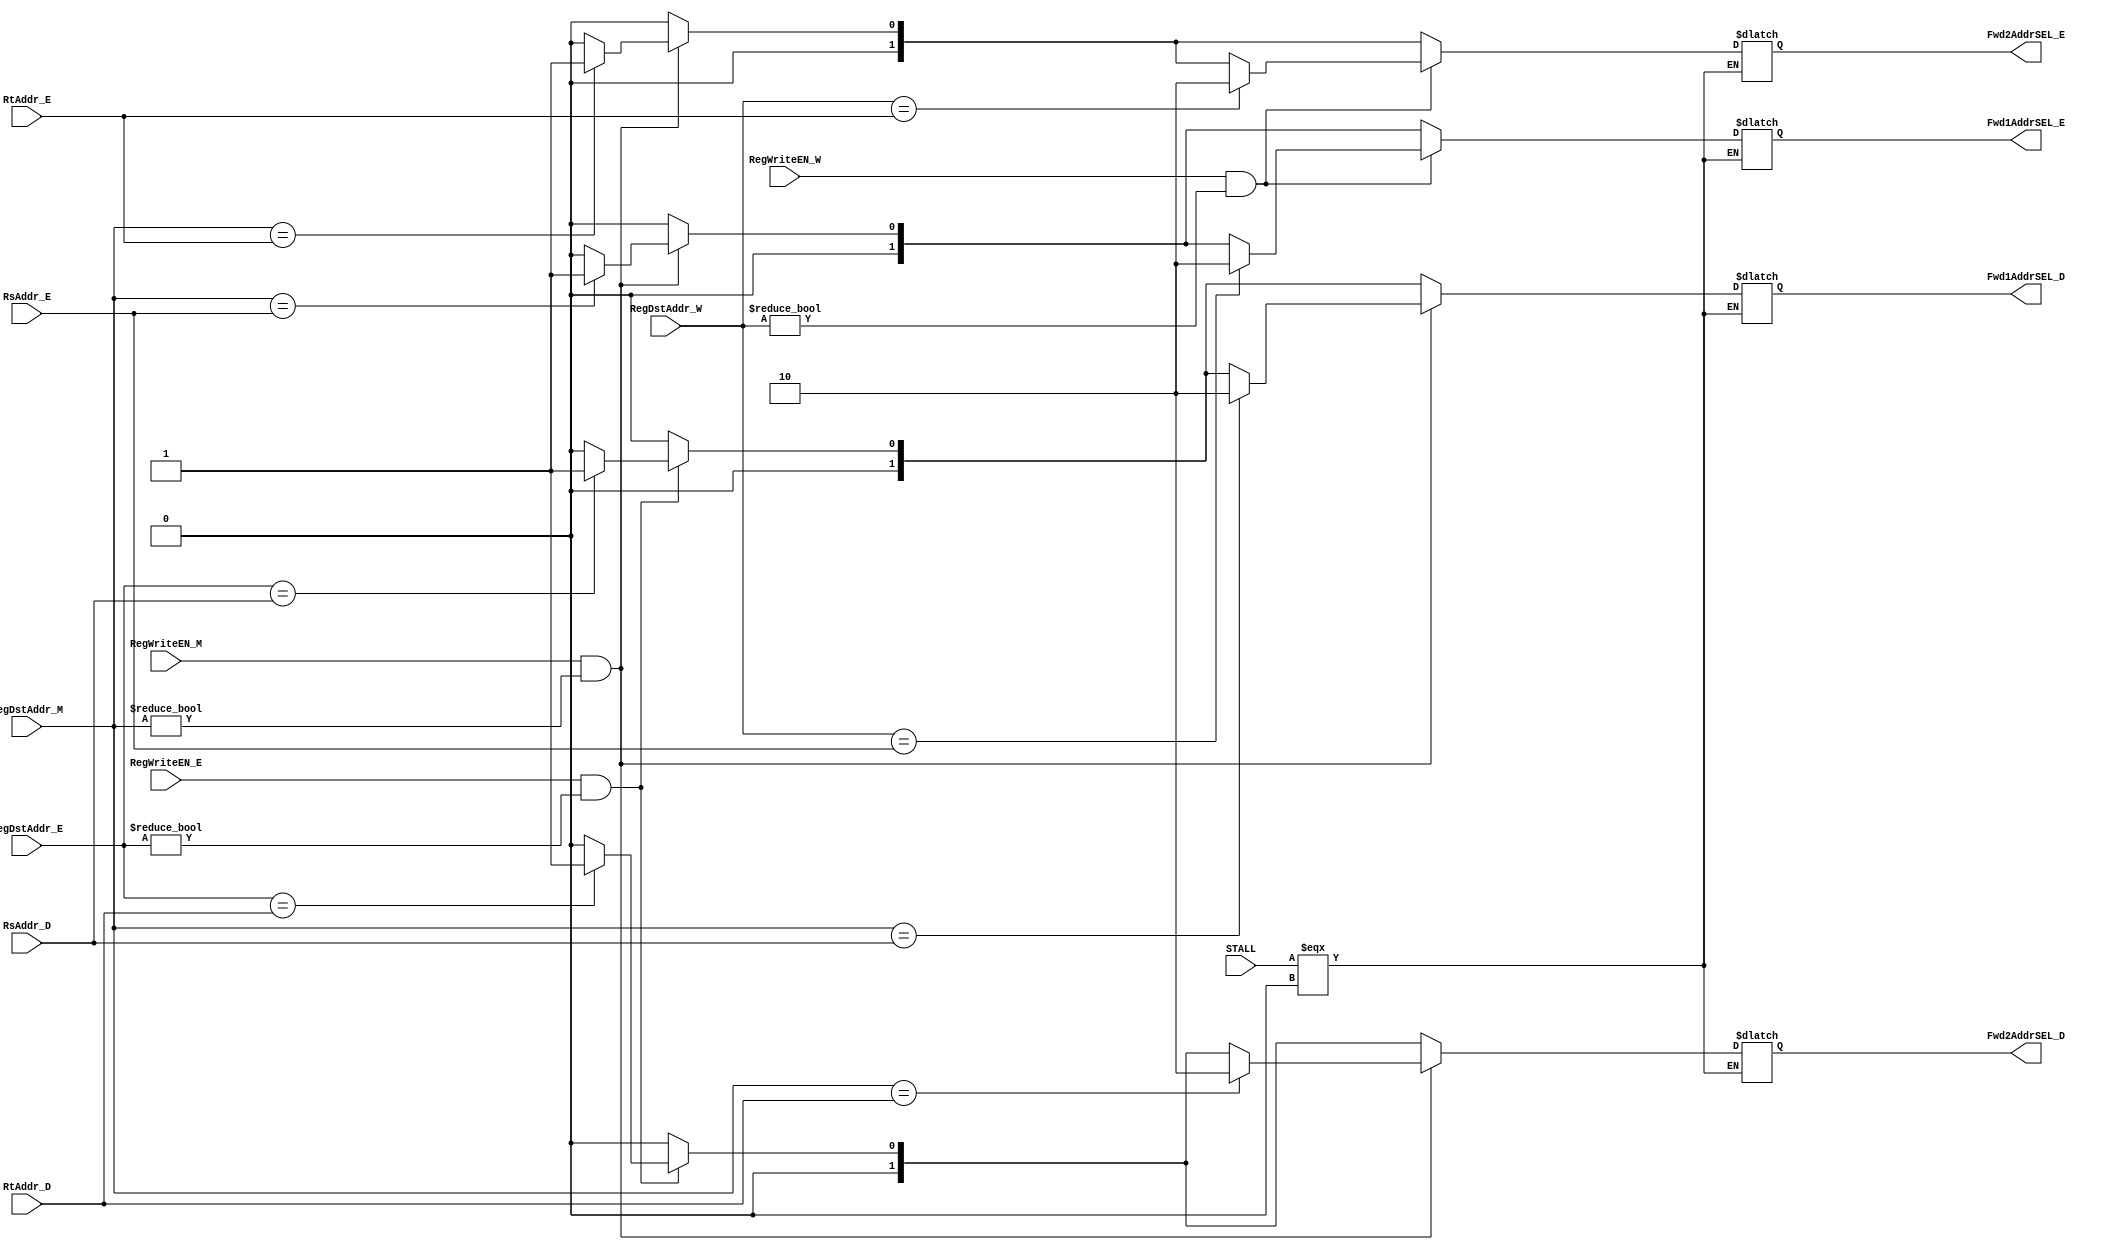
module Forward_Unit(
    STALL,
    RsAddr_D,
    RtAddr_D,
    RsAddr_E,
    RtAddr_E,
    RegDstAddr_E,
    RegDstAddr_M,
    RegDstAddr_W,
    RegWriteEN_E,
    RegWriteEN_M,
    RegWriteEN_W,

    Fwd1AddrSEL_D,
    Fwd2AddrSEL_D,
    Fwd1AddrSEL_E,
    Fwd2AddrSEL_E
);
    input [4:0] RsAddr_D, RtAddr_D, RsAddr_E, RtAddr_E, RegDstAddr_E, RegDstAddr_M, RegDstAddr_W;
    input STALL, RegWriteEN_E, RegWriteEN_M, RegWriteEN_W;
    output reg [1:0]Fwd1AddrSEL_E, Fwd2AddrSEL_E, Fwd1AddrSEL_D, Fwd2AddrSEL_D;

    always @(*) begin
        if (STALL === 0) begin
            Fwd1AddrSEL_D <= 0;
            Fwd2AddrSEL_D <= 0;
            Fwd1AddrSEL_E <= 0;
            Fwd2AddrSEL_E <= 0;
            //  Control hazard related with Beq/Bne, happens upon instructin decode
            if (RegWriteEN_E == 1 && RegDstAddr_E != 0) begin  
                if(RegDstAddr_E == RsAddr_D) 
                    Fwd1AddrSEL_D <= 1;    //for hazard that attempts to use data from ALU at EX stage
                if(RegDstAddr_E == RtAddr_D) 
                    Fwd2AddrSEL_D <= 1;    //for hazard that attempts to use data from ALU at EX stage
            end
            //  Data hazard related with R type instructions, happens upon execution
            if (RegWriteEN_M == 1 && RegDstAddr_M != 0) begin
                if (RegDstAddr_M == RsAddr_D)       //for hazard that attempts to use data from MEM
                    Fwd1AddrSEL_D <= 2;
                if (RegDstAddr_M == RtAddr_D)       //for hazard that attempts to use data from MEM
                    Fwd2AddrSEL_D <= 2;
                if(RegDstAddr_M == RsAddr_E)            //for hazard that attempts to use data from ALU at MEM stage
                    Fwd1AddrSEL_E <= 1;
                if(RegDstAddr_M == RtAddr_E)            //for hazard that attempts to use data from ALU at MEM stage
                    Fwd2AddrSEL_E <= 1;
            end
            if (RegWriteEN_W == 1 && RegDstAddr_W != 0) begin
                if (RegDstAddr_W ==  RsAddr_E)
                    Fwd1AddrSEL_E <= 2;
                if (RegDstAddr_W == RtAddr_E)
                    Fwd2AddrSEL_E <= 2;
            end
        end
    end
endmodule

module Forward_Unit2(
   RsAddr_D,
   RtAddr_D,
   RegDstAddr_M,
   RegWriteEN_M,
   Fwd1AddrSEL,
   Fwd2AddrSEL
);
    input [4:0] RsAddr_D, RtAddr_D, RegDstAddr_M;
    input RegWriteEN_M;
    output reg Fwd1AddrSEL, Fwd2AddrSEL;

    always @(*) begin
        Fwd1AddrSEL <= 0;
        Fwd2AddrSEL <= 0;
        if (RsAddr_D != 0 && (RsAddr_D == RegDstAddr_M) && RegWriteEN_M) Fwd1AddrSEL <= 1;
        if (RtAddr_D != 0 && (RtAddr_D == RegDstAddr_M) && RegWriteEN_M) Fwd1AddrSEL <= 1;
    end
endmodule